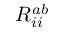
R _ { i i } ^ { a b }